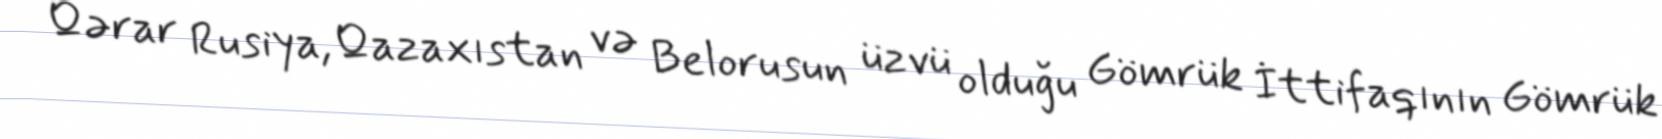
Qərar Rusiya, Qazaxıstan və Belorusun üzvü olduğu Gömrük İttifaqının Gömrük